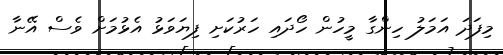
މިފަދަ އަމަލު ހިންގާ މީހުން ހޯދައި ހަރުކަށި ފިޔަވަޅު އެޅުމަށް ވެސް އޭނާ